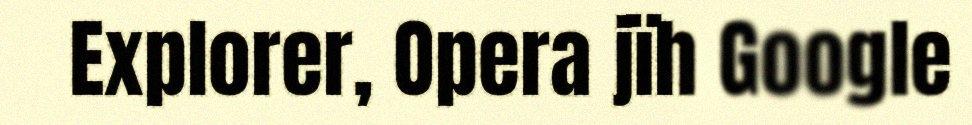
Explorer, Opera jïh Google